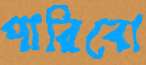
পারিবো